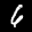
Label: 6